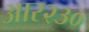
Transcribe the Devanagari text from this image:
आर२३०